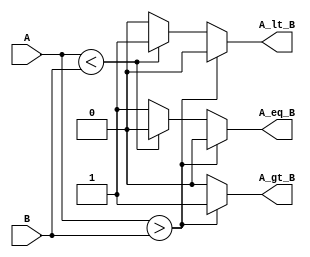
module ParameterizedComparator #(
    parameter WIDTH = 8  // Default width of the input signals
)(
    input  [WIDTH-1:0] A,  // Input A
    input  [WIDTH-1:0] B,  // Input B
    output reg A_gt_B,      // Output high if A > B
    output reg A_lt_B,      // Output high if A < B
    output reg A_eq_B       // Output high if A == B
);

// Always block to compare inputs A and B
always @(*) begin
    // Initialize outputs to low
    A_gt_B = 1'b0;
    A_lt_B = 1'b0;
    A_eq_B = 1'b0;

    // Comparison logic
    if (A > B) begin
        A_gt_B = 1'b1;
    end else if (A < B) begin
        A_lt_B = 1'b1;
    end else begin
        A_eq_B = 1'b1;
    end
end

endmodule